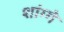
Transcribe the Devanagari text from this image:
शांग्गे